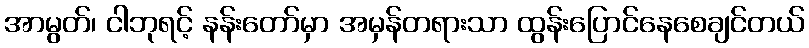
အာမွတ်၊ ငါဘုရင့် နန်းတော်မှာ အမှန်တရားသာ ထွန်းပြောင်နေစေချင်တယ်